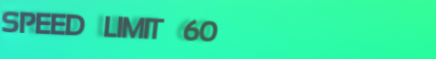
SPEED LIMIT 60